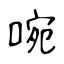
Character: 啘